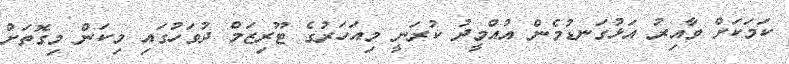
ކަމަކަށް ވާއިރު އަޅުގަނޑުމެން އުއްމީދު ކުރަނީ މިއަހަރުގެ ޓޫރިޒަމް ދުވަހުގައި މިކަން މިގޮތަށް